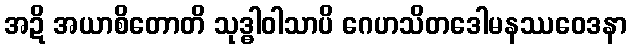
အဍိ အယာစိတောတိ သုဒ္ဓါဝါသာပိ ဂေဟသိတဒေါမနဿဝေဒနာ